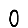
Digit: 0